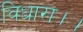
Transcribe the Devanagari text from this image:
विधारा।।